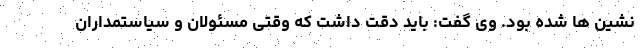
نشین ها شده بود. وی گفت: باید دقت داشت که وقتی مسئولان و سیاستمداران